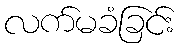
လက်မခံခြင်း